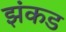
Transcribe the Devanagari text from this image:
झंकड